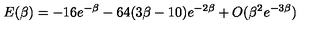
E ( \beta ) = - 1 6 e ^ { - \beta } - 6 4 ( 3 \beta - 1 0 ) e ^ { - 2 \beta } + O ( \beta ^ { 2 } e ^ { - 3 \beta } )